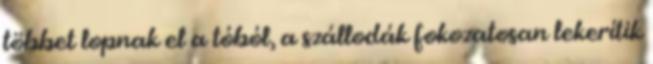
többet lopnak el a tóból, a szállodák fokozatosan lekerítik